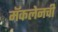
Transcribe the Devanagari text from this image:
मॅकलेनची